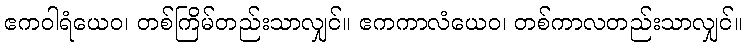
ဧကဝါရံယေဝ၊ တစ်ကြိမ်တည်းသာလျှင်။ ဧကကာလံယေဝ၊ တစ်ကာလတည်းသာလျှင်။